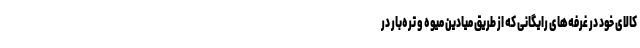
کالای خود در غرفه‌های رایگانی که از طریق میادین میوه و تره‌بار در